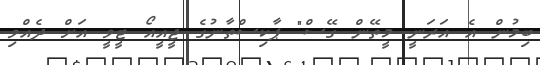
ބިމުން އެ އަރަނީ މީތޭން ގޭސް" ޕާކިސްތާނުގެ ޖީއީއޯ ޓީވީ އަށް ދެއްވި